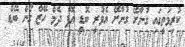
ކުރިމަތީގައި ގުނާށޭ ގުނާށޭ އެވްރީ ބޮޑީ އޮފް ދެމް ހޭޒް ގޯން ބޭޑް